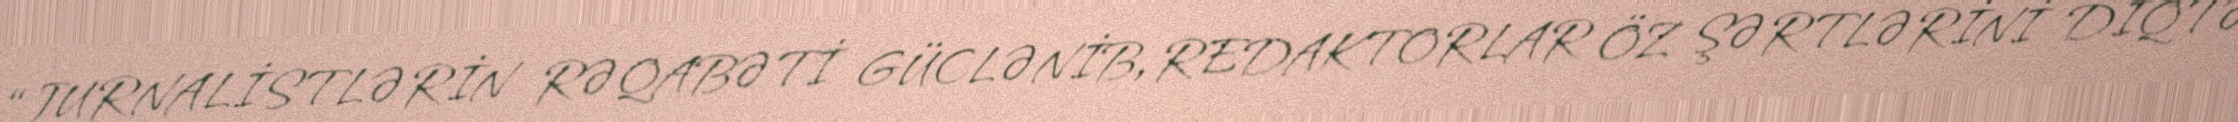
“JURNALİSTLƏRİN RƏQABƏTİ GÜCLƏNİB, REDAKTORLAR ÖZ ŞƏRTLƏRİNİ DİQTƏ